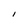
Character: I